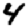
Digit: 4